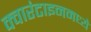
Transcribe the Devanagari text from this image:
क्वारंटाइनमध्ये